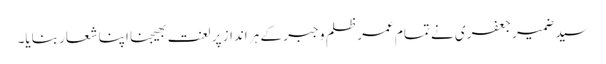
سید ضمیر جعفری نے تمام عمر ظلم و جبر کے ہر انداز پر لعنت بھیجنا اپنا شعار بنایا۔